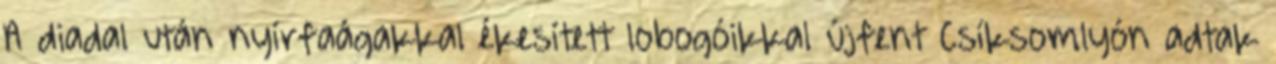
A diadal után nyírfaágakkal ékesített lobogóikkal újfent Csíksomlyón adtak